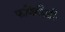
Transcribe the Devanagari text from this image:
फणिमौळीः